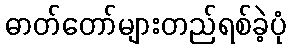
ဓာတ်တော်များတည်ရစ်ခဲ့ပုံ